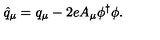
\hat { q } _ { \mu } = { q } _ { \mu } - 2 e A _ { \mu } \phi ^ { \dagger } \phi .